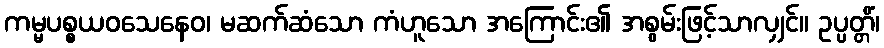
ကမ္မပစ္စယဝသေနေဝ၊ မဆက်ဆံသော ကံဟူသော အကြောင်း၏ အစွမ်းဖြင့်သာလျှင်။ ဥပ္ပတ္တိံ၊